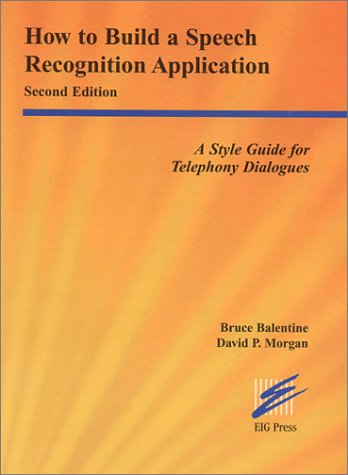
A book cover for How to Build a Speech Recognition Application: Second Edition: A Style Guide for Telephony Dialogues; David P. Morgan; Computers & Technology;